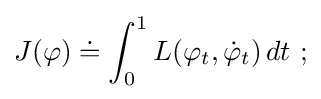
J(\varphi )\doteq \int _{0}^{1}L(\varphi _{t},{\dot {\varphi }}_{t})\,dt\ ;